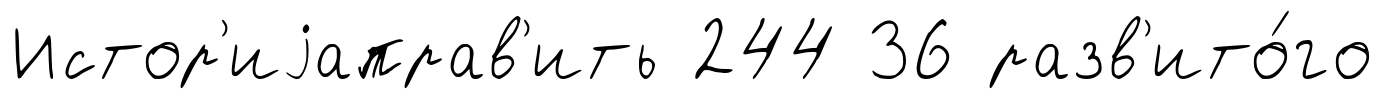
Истор'иjаправ'ить 244 36 разв'ито́го